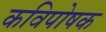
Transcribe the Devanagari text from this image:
कविपोषक